Insane asylums in Bengal annual reports 1867-1875 - 1867-1875
Year: 1867
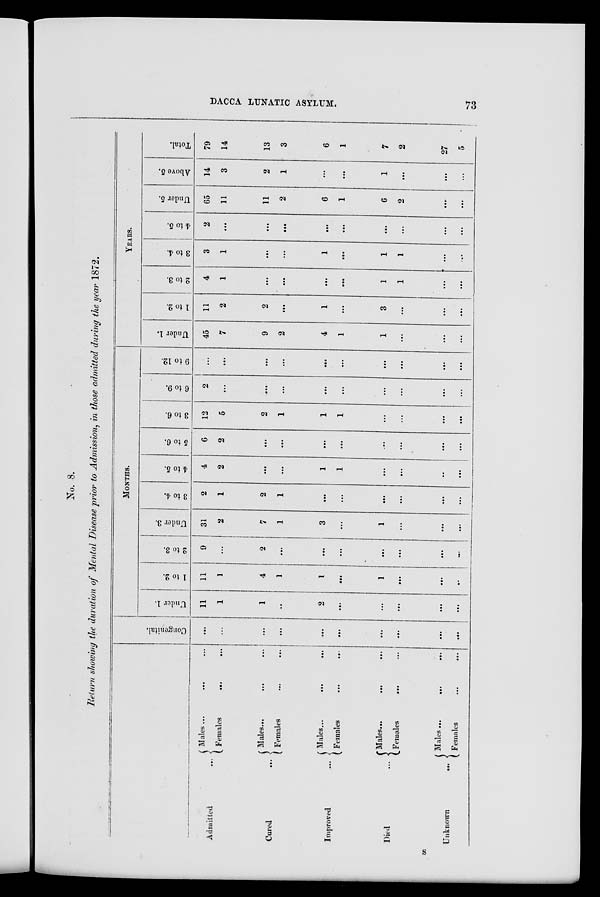
DACCA LUNATIC ASYLUM.
73
No. 8.
Return showing the duration of Mental Disease prior to Admission, in those admitted during the year 1872.
Admitted ...
Cured
...
Improved ...
Died ...
Unknown
...
Males ... ... ...
Females
...
...
Males...
...
Females ... ...
Males...
...
...
Females ... ...
Males...
...
...
Females
... ...
Males...
...
...
Females ... ...
Congenital.
...
...
...
...
...
...
...
...
...
...
MONTHS.
Under 1.
11
1
1
...
2
...
...
...
...
...
1 to 2.
11
1
4
1
1
...
1
...
...
...
2 to 3.
9
...
2
...
...
...
...
...
...
...
Under 3.
31
2
7
1
3
...
1
...
...
...
3 to 4.
2
1
2
1
...
...
...
...
...
...
4 to 5.
4
2
...
...
1
1
...
...
..
...
5 to 6.
6
2
...
...
...
...
...
...
...
...
3 to 6.
12
5
2
1
1
1
...
...
...
...
6 to 9.
2
...
...
...
...
...
...
...
...
...
9 to 12.
...
...
...
...
...
...
...
...
...
...
YEARS.
Under 1.
45
7
9
2
4
1
1
...
...
...
1 to 2.
11
2
2
...
1
...
3
...
...
...
2 to 3.
4
1
...
...
...
...
1
1
...
...
3 to 4.
3
1
...
...
1
...
1
1
...
...
4 to 5.
2
...
...
...
...
...
...
...
...
...
Under 5.
65
11
11
2
6
1
6
2
...
...
Above 5.
14
3
2
1
...
...
1
...
...
...
Total.
79
14
13
3
6
1
7
2
27
5
S